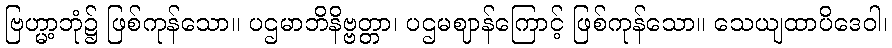
ဗြဟ္မာ့ဘုံ၌ ဖြစ်ကုန်သော။ ပဌမာဘိနိဗ္ဗတ္တာ၊ ပဌမဈာန်ကြောင့် ဖြစ်ကုန်သော။ သေယျထာပိဒေဝါ၊